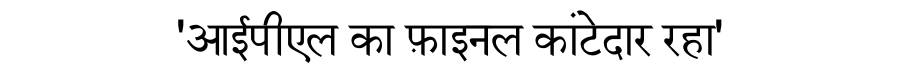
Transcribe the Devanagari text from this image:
'आईपीएल का फ़ाइनल कांटेदार रहा'